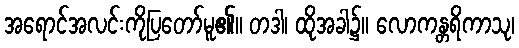
အရောင်အလင်းကိုပြတော်မူ၏။ တဒါ၊ ထိုအခါ၌။ လောကန္တရိကာသု၊